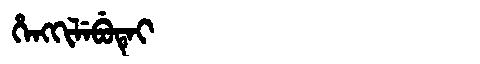
Manchu: ᡥᡝᠩᡴᡳᠯᡝᠪᡠᡨᡝᡳ
Romanization: HENGKILEBUTEI